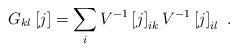
LaTeX: \begin{align*}G_{kl}\left[ j\right] =\sum_{i}V^{-1}\left[ j\right] _{ik}V^{-1}\left[j\right] _{il}\ .\end{align*}